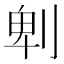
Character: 𠜱